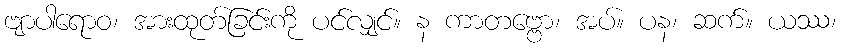
ဗျာပါရောဝ၊ အားထုတ်ခြင်းကို ပင်လျှင်။ န ကာတဗ္ဗော၊ အပ်။ ပန၊ ဆက်။ ယဿ၊